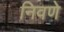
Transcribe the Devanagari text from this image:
निवणे